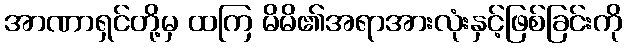
အာဏာရှင်တို့မှ ထကြ မိမိ၏အရာအားလုံးနှင့်ဖြစ်ခြင်းကို